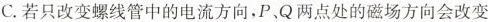
C.若只改变螺线管中的电流方向，P、Q两点处的磁场方向会改变